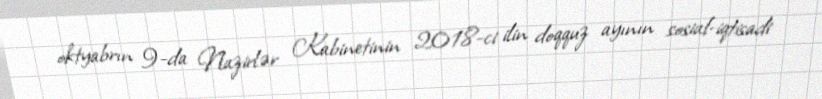
oktyabrın 9-da Nazirlər Kabinetinin 2018-ci ilin doqquz ayının sosial-iqtisadi